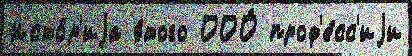
Исто́р'иjа э́того ООО́ проф'е́сс'иjи